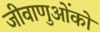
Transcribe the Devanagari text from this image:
जीवाणुओंको